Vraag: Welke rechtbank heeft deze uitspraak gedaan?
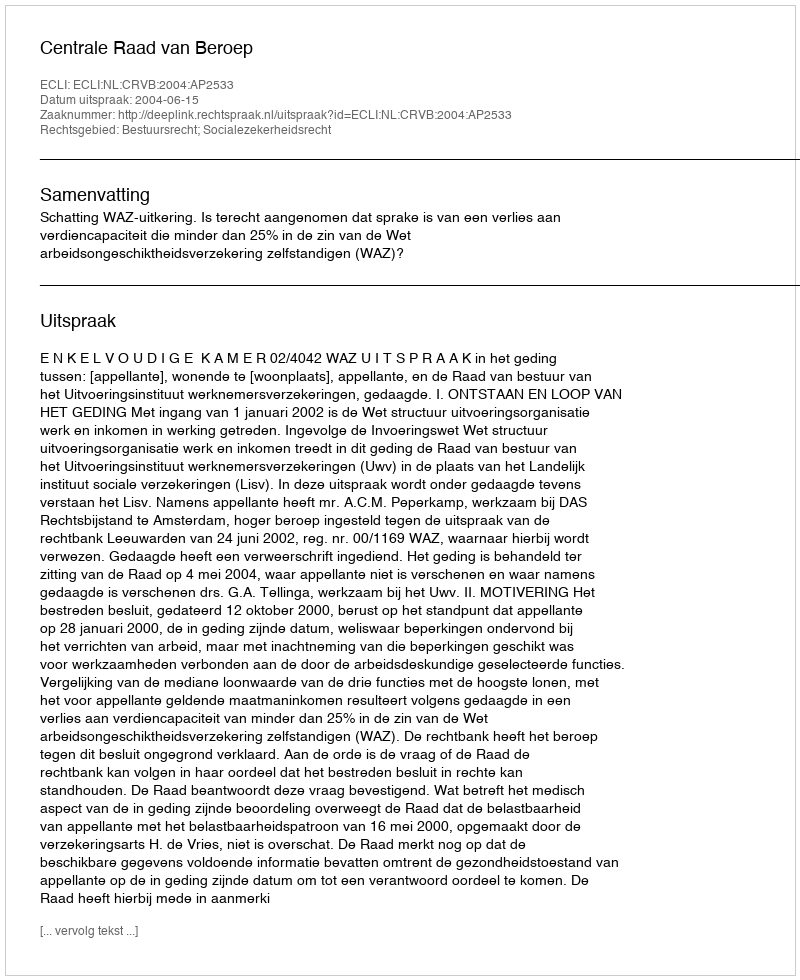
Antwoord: Centrale Raad van Beroep